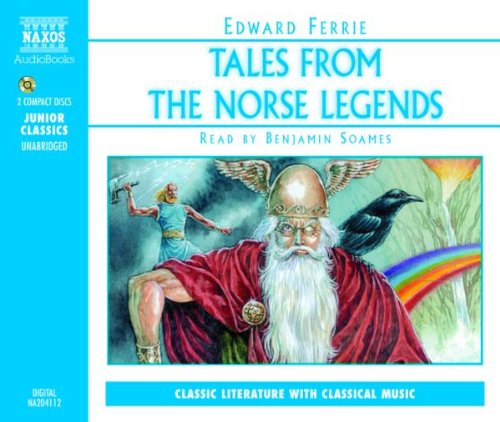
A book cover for Tales From the Norse Legends (Junior Classics); Children's Books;